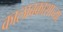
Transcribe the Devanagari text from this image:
कालावकाशाच्या